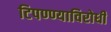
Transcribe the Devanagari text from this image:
टिपण्ण्याविरोधी